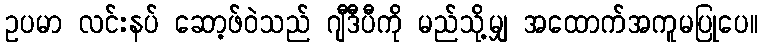
ဥပမာ လင်းနပ် ဆော့ဖ်ဝဲသည် ဂျီဒီပီကို မည်သို့မျှ အထောက်အကူမပြုပေ။